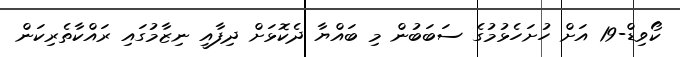
ކޯވިޑް-19 އަށް ހުށަހެޅުމުގެ ސަބަބުން މި ބައްޔާ ދެކޮޅަށް ދިފާއީ ނިޒާމުގައި ރައްކާތެރިކަން